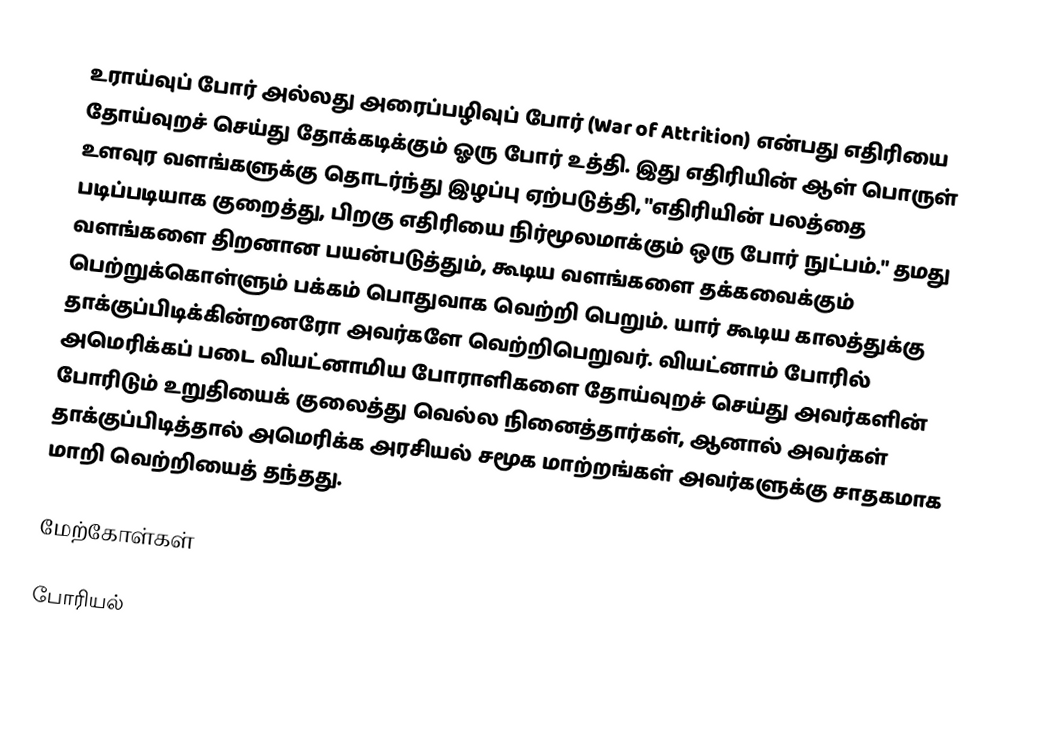
உராய்வுப் போர் அல்லது அரைப்பழிவுப் போர் (War of Attrition) என்பது எதிரியை தோய்வுறச் செய்து தோக்கடிக்கும் ஓரு போர் உத்தி. இது எதிரியின் ஆள் பொருள் உளவுர வளங்களுக்கு தொடர்ந்து இழப்பு ஏற்படுத்தி, "எதிரியின் பலத்தை படிப்படியாக குறைத்து, பிறகு எதிரியை நிர்மூலமாக்கும் ஒரு போர் நுட்பம்." தமது வளங்களை திறனான பயன்படுத்தும், கூடிய வளங்களை தக்கவைக்கும் பெற்றுக்கொள்ளும் பக்கம் பொதுவாக வெற்றி பெறும். யார் கூடிய காலத்துக்கு தாக்குப்பிடிக்கின்றனரோ அவர்களே வெற்றிபெறுவர். வியட்னாம் போரில் அமெரிக்கப் படை வியட்னாமிய போராளிகளை தோய்வுறச் செய்து அவர்களின் போரிடும் உறுதியைக் குலைத்து வெல்ல நினைத்தார்கள், ஆனால் அவர்கள் தாக்குப்பிடித்தால் அமெரிக்க அரசியல் சமூக மாற்றங்கள் அவர்களுக்கு சாதகமாக மாறி வெற்றியைத் தந்தது.

மேற்கோள்கள்

போரியல்